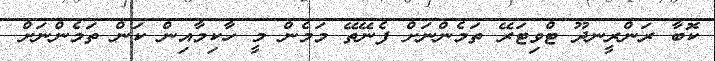
ކޮބާ ރަންރީނދޫ ޓްވިޓަރޭ ތަމެންނަށް ފެނޭތޭ މަމެން މީ ހާކިމާއިން ކަން ތަމެންނަށް